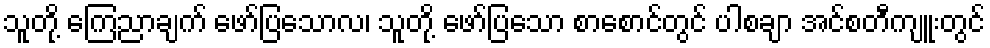
သူတို့ ကြေညာချက် ဖော်ပြသောလ၊ သူတို့ ဖော်ပြသော စာစောင်တွင် ပါစချာ အင်စတီကျူးတွင်